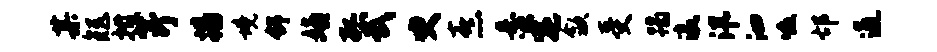
某矩拊芹播境舒嬉孤武臾熹悬宅歙受蹋瀛汛泗啜邙通